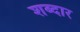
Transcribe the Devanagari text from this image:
शब्दार